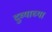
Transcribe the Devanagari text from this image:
दुव्याच्या